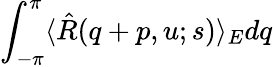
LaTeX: \int_{-\pi}^{\pi}\langle\hat{R}(q+p,u;s)\rangle_{E}dq